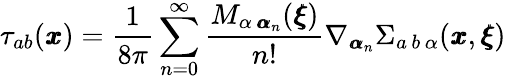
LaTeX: \tau_{ab}({\pmb x})=\frac{1}{8\pi}\sum_{n=0}^{\infty}\frac{M_{\alpha\, {\pmb\alpha}_{n}}({\pmb\xi})}{n!}\nabla_{{\pmb\alpha}_{n}}\Sigma_{a\, b\, \alpha}({\pmb x},{\pmb\xi})